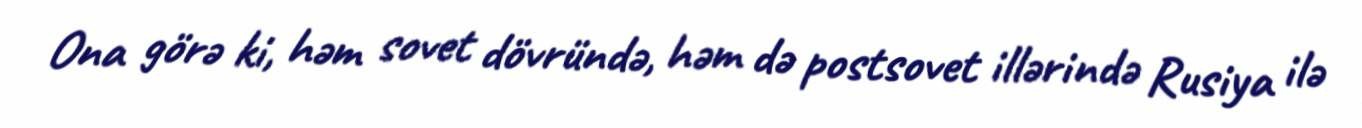
Ona görə ki, həm sovet dövründə, həm də postsovet illərində Rusiya ilə